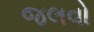
જલવો